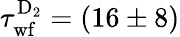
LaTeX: \tau_{\mathrm{wf}}^{\mathrm{D_{2}}}=(16\pm 8)